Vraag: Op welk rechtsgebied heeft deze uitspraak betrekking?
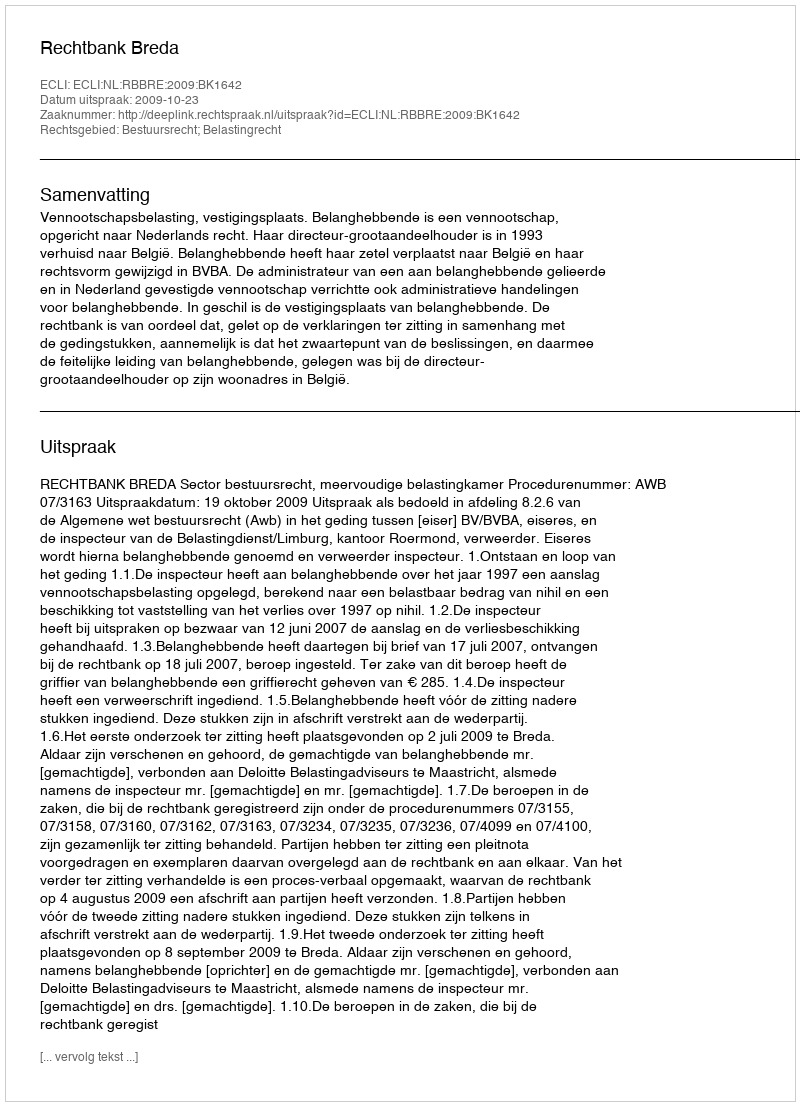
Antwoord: Bestuursrecht; Belastingrecht